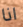
انا